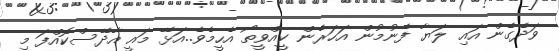
ވަދެގެން އައި ލަޔާ ފެނުމުން އަހަރެން ކީއްވީތޯ އެހީމެވެ..އަޅޭ މައީ އާދޭސްކޮއްފަ މި